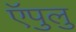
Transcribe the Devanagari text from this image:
ऍपुलु